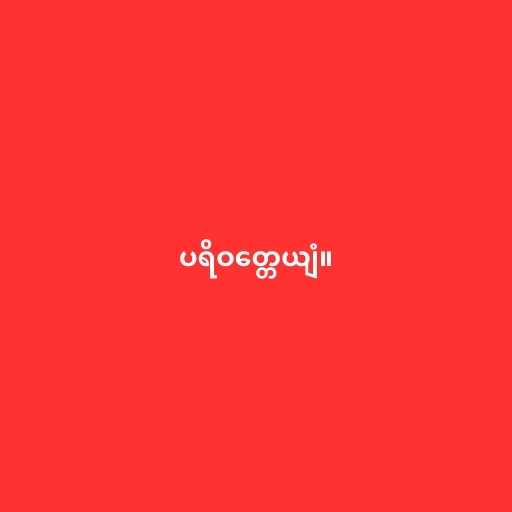
ပရိဝတ္တေယျံ။